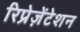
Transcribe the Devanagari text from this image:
रिप्रेज़ेंटेशन